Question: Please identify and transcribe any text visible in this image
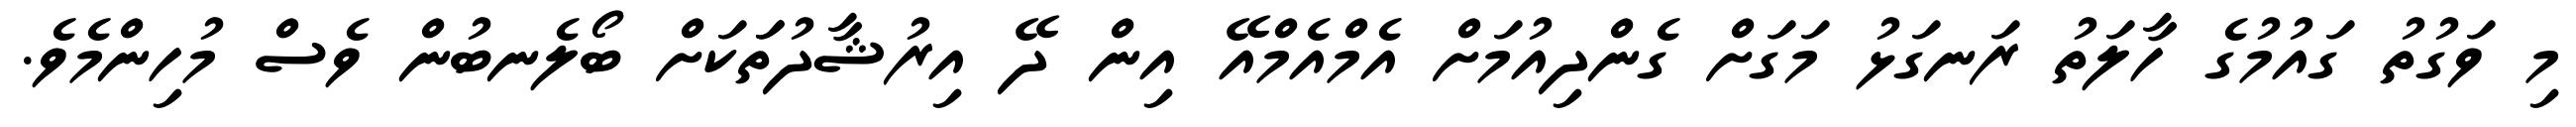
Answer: މި ވަގުތު ގައުމުގެ ހާލަތު ރަނގަޅު މަގަށް ގެންދިއުމަށް އެމްއެމްއޭ އިން ދޭ އިރުޝާދުތަަކަށް ބޯލެނބުން ވެސް މުހިންމެވެ.